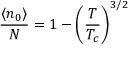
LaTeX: { \frac { \langle n _ { 0 } \rangle } { N } } = 1 - \left( { \frac { T } { T _ { c } } } \right) ^ { 3 / 2 }